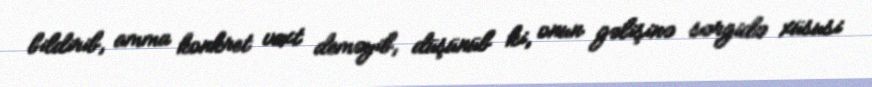
bildirib, amma konkret vaxt deməyib, düşünüb ki, onun gəlişinə sərgidə xüsusi